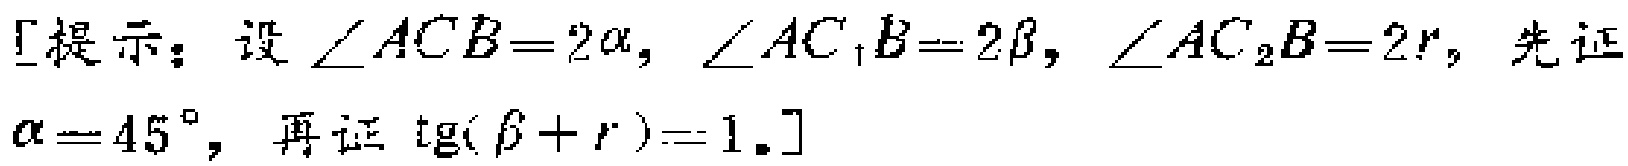
[提示：设$\angle ACB = 2\alpha$，$\angle AC_{1}B = 2\beta$，$\angle AC_{2}B = 2r$，先证$\alpha = 45^{\circ}$，再证$\text{tg}(\beta + r)=1.$]